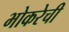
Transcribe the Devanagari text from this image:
भोकरेची